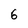
Character: 6